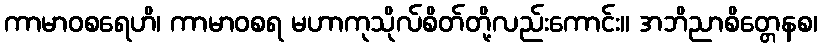
ကာမာဝစရေဟိ၊ ကာမာဝစရ မဟာကုသိုလ်စိတ်တို့လည်းကောင်း။ အဘိညာစိတ္တေနစ၊